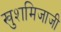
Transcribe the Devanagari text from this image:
खुशमिजाजी